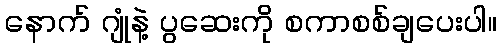
နောက် ဂျုံနဲ့ ပွဆေးကို စကာစစ်ချပေးပါ။